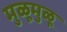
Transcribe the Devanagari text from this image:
मुळूमुळू